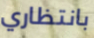
بانتظاري